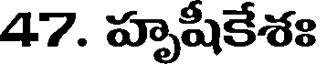
47. హృషికేశః